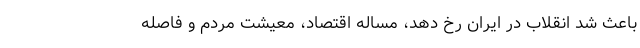
باعث شد انقلاب در ایران رخ دهد، مساله اقتصاد، معیشت مردم و فاصله